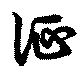
征